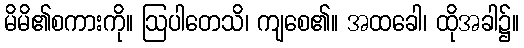
မိမိ၏စကားကို။ ဩပါတေသိ၊ ကျစေ၏။ အထခေါ၊ ထိုအခါ၌။